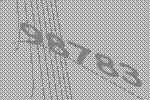
98783